Report on vaccination in Madras 1895-1903 - 1895-1903
Year: 1895
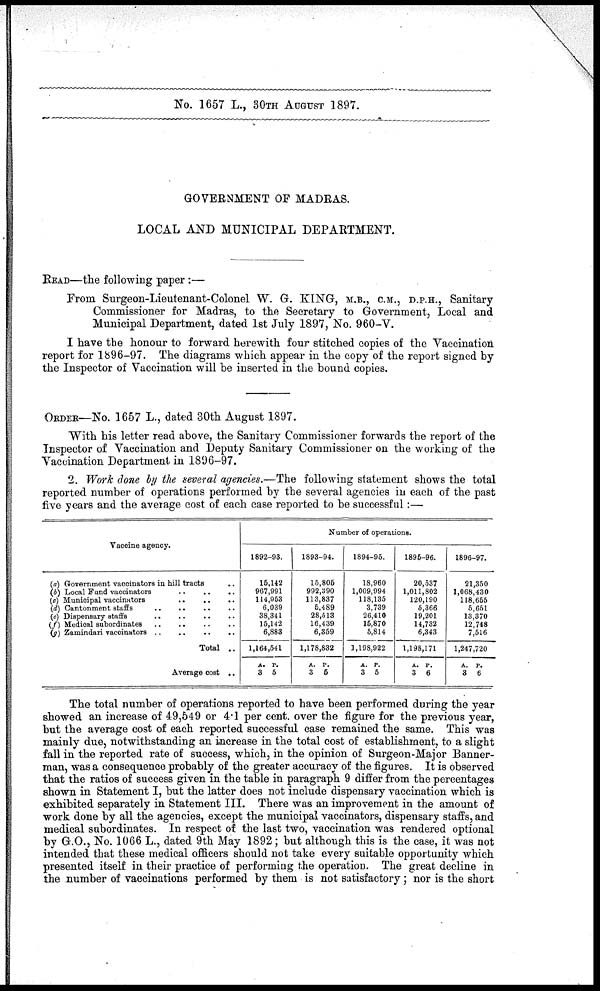
No. 1657 L., 30TH AUGUST 1897.
GOVERNMENT OF MADRAS.
LOCAL AND MUNICIPAL DEPARTMENT.
READ—the following paper :—
From Surgeon-Lieutenant-Colonel W. G. KING, M.B., C.M., D.P.H., Sanitary
Commissioner for Madras, to the Secretary to Government, Local and
Municipal Department, dated 1st July 1897, No. 960-V.
I have the honour to forward herewith four stitched copies of the Vaccination
report for 1896-97. The diagrams which appear in the copy of the report signed by
the Inspector of Vaccination will be inserted in the bound copies.
ORDER—No. 1657 L., dated 30th August 1897.
With his letter read above, the Sanitary Commissioner forwards the report of the
Inspector of Vaccination and Deputy Sanitary Commissioner on the working of the
Vaccination Department in 1896-97.
2. Work done by the several agencies.—The following statement shows the total
reported number of operations performed by the several agencies in each of the past
five years and the average cost of each case reported to be successful:—
Vaccine agency.
(a)
(b)
(c)
(d)
(e)
(f)
(g)
Government vaccinators in hill tracts ...
Local Fund vaccinators .. .. ..
Municipal vaccinators .. .. ..
Cantonment staff .. .. .. ..
Dispensary staff .. .. .. ..
Medical subordinates .. .. .. ..
Zamindari vaccinators .. .. .. ..
Total ..
Average cost ..
Number of operations.
1892-93.
15,142
967,991
114,953
6,089
38,341
15,142
6,883
1,164,541
A.
3
P.
5
1893-94.
15,805
992,390
113,837
5,489
28,513
16,439
6,359
1,178,832
A.
3
P.
5
1894-95.
18,960
1,009,994
118,135
3,739
26,410
15,870
5,814
1,198,922
A.
3
P.
5
1895-96.
20,537
1,011,802
120,190
5,366
19,201
14,732
6,343
1,198,171
A.
3
P.
6
1896-97.
21,350
1,068,430
118,655
5,651
13,370
12,748
7,516
1,247,720
A.
3
P.
6
The total number of operations reported to have been performed during the year
showed an increase of 49,549 or 4.1 per cent. over the figure for the previous year,
but the average cost of each reported successful case remained the same. This was
mainly due, notwithstanding an increase in the total cost of establishment, to a slight
fall in the reported rate of success, which, in the opinion of Surgeon-Major Banner-
man, was a consequence probably of the greater accuracy of the figures. It is observed
that the ratios of success given in the table in paragraph 9 differ from the percentages
shown in Statement I, but the latter does not include dispensary vaccination which is
exhibited separately in Statement III. There was an improvement in the amount of
work done by all the agencies, except the municipal vaccinators, dispensary staffs, and
medical subordinates. In respect of the last two, vaccination was rendered optional
by G.O., No. 1066 L., dated 9th May 1892; but although this is the case, it was not
intended that these medical officers should not take every suitable opportunity which
presented itself in their practice of performing the operation. The great decline in
the number of vaccinations performed by them is not satisfactory; nor is the short